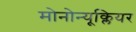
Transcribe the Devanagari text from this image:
मोनोन्यूक्लियर